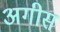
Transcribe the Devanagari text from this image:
अगीस